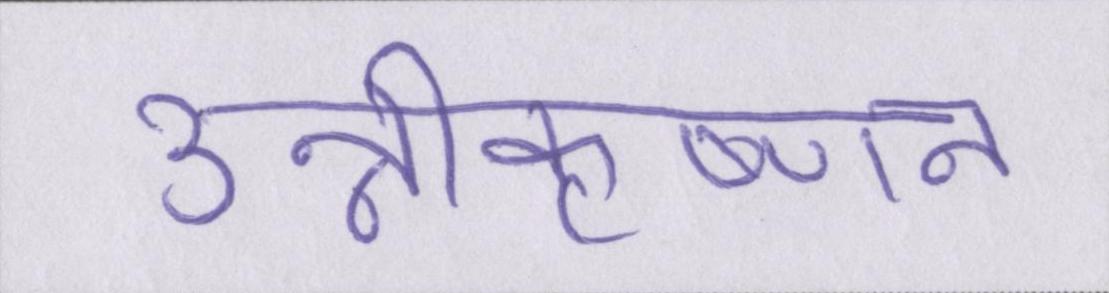
उन्नीकृष्णन